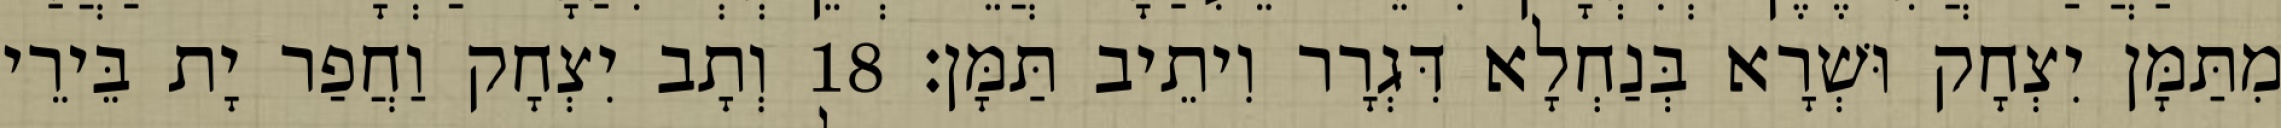
מִתַּמָּן יִצְחָק וּשְׁרָא בְּנַחְלָא דִּגְרָר וִיתֵיב תַּמָּן׃ 18 וְתָב יִצְחָק וַחֲפַר יָת בֵּירֵי